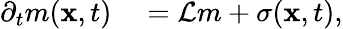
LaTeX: \begin{array}{rl}{\partial_{t}m({\mathbf x},t)}&{{}=\mathcal{L}m+\sigma({\mathbf x},t),}\end{array}